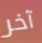
آخر